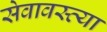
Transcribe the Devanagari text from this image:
सेवावस्त्या